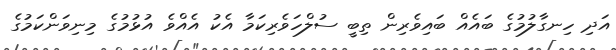
އަދި ހިނގާލުމުގެ ބައެއް ބައިވެރިން ތިބީ ސުލްހަވެރިކަމާ އެކު އެއްވެ އުޅުމުގެ މިނިވަންކަމުގެ